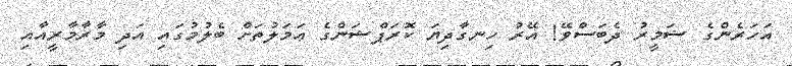
އަހަރެންގެ ޟަމީރު ދެބަސްވޭ! އޭރު ހިނގާދިޔަ ކޮރަޕްޝަންގެ ޢަމަލުތަށް ބެލުމުގައި އަދި މާރާމާރީއާއި